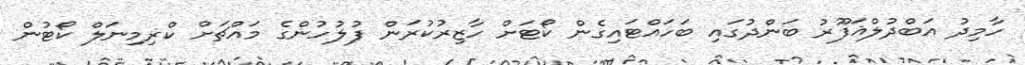
ހާމިދު އަބްދުލްޣަފޫރު ބަންދުގައި ބަހައްޓައިގެން ކޯޓަށް ހާޒިރުކުރަން ފުލުހުންގެ މައްޗަށް ކްރިމިނަލް ކޯޓުން